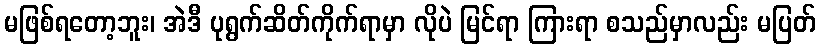
မဖြစ်ရတော့ဘူး၊ အဲဒီ ပုရွက်ဆိတ်ကိုက်ရာမှာ လိုပဲ မြင်ရာ ကြားရာ စသည်မှာလည်း မပြတ်